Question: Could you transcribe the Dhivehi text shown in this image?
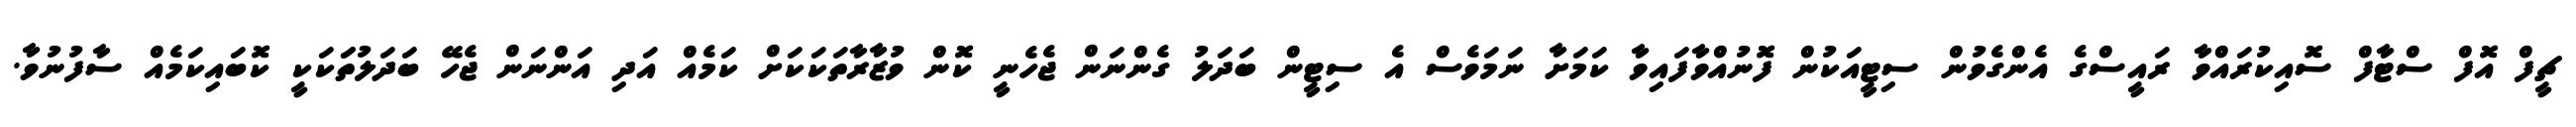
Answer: ޗީފް އޮފް ސްޓާފް ސޮއިކުރައްވާ ރައީސްގެ އެންގެވުން ސިޓީއަކުން ފޮނުއްވާފައިވާ ކަމަށާ ނަމަވެސް އެ ސިޓީން ބަދަލު ގެންނަން ޖެހެނީ ކޮން ވުޒާރާތަކަކަށް ކަމެއް އަދި އަންނަން ޖެހޭ ބަދަލުތަަކަކީ ކޮބައިކަމެއް ސާފުނުވާ.